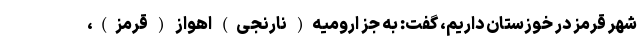
شهر قرمز در خوزستان داریم، گفت: به جز ارومیه( نارنجی) اهواز ( قرمز)،